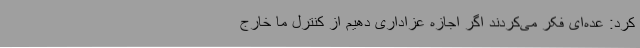
کرد: عده‌ای فکر می‌کردند اگر اجازه عزاداری دهیم از کنترل ما خارج